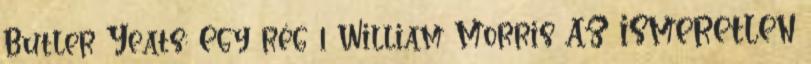
Butler Yeats: Egy rég 1 William Morris AZ ISMERETLEN